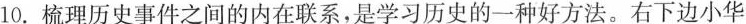
10.梳理历史事件之间的内在联系，是学习历史的一种好方法。右下边小华